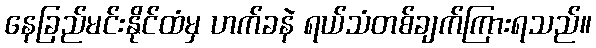
နေခြည်မင်းနိုင်ထံမှ ဟက်ခနဲ ရယ်သံတစ်ချက်ကြားရသည်။